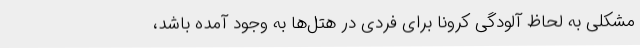
مشکلی به لحاظ آلودگی کرونا برای فردی در هتل‌ها به وجود آمده باشد،